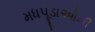
મધપૂડાઓની